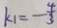
k _ { 1 } = - \frac { 4 } { 3 }